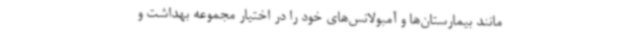
مانند بیمارستان‌ها و آمبولانس‌های خود را در اختیار مجموعه بهداشت و